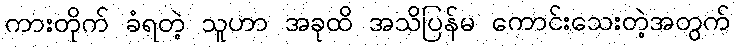
ကားတိုက် ခံရတဲ့ သူဟာ အခုထိ အသိပြန်မ ကောင်းသေးတဲ့အတွက်